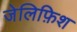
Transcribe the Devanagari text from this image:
जेलिफ़िश